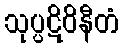
သုပ္ပဋိဝိနီတံ